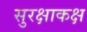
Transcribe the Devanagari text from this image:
सुरक्षाकक्ष